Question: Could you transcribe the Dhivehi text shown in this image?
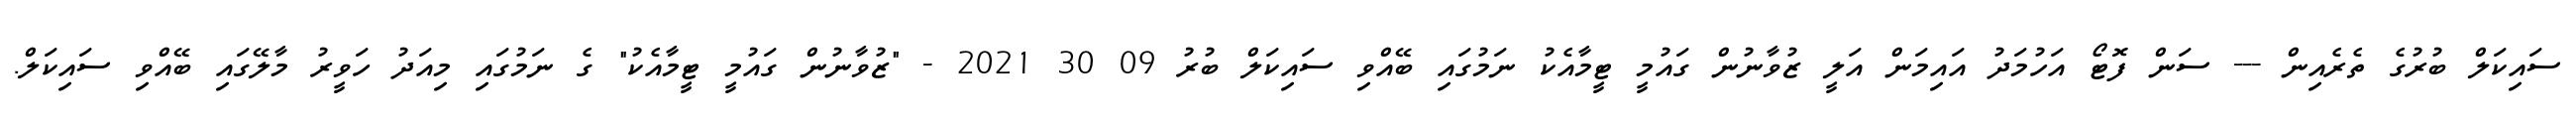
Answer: ސައިކަލް ބުރުގެ ތެރެއިން --- ސަން ފޮޓޯ އަހުމަދު އައިމަން އަލީ ޒުވާނުން ގައުމީ ޓީމާއެކު ނަމުގައި ބޭއްވި ސައިކަލް ބުރު 09 30 2021 - "ޒުވާނުން ގައުމީ ޓީމާއެކު" ގެ ނަމުގައި މިއަދު ހަވީރު މާލޭގައި ބޭއްވި ސައިކަލް.